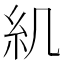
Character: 𥾊